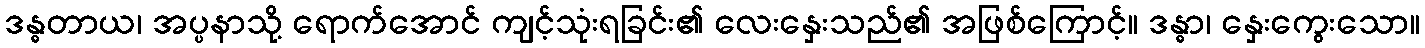
ဒန္ဓတာယ၊ အပ္ပနာသို့ ရောက်အောင် ကျင့်သုံးရခြင်း၏ လေးနှေးသည်၏ အဖြစ်ကြောင့်။ ဒန္ဓာ၊ နှေးကွေးသော။